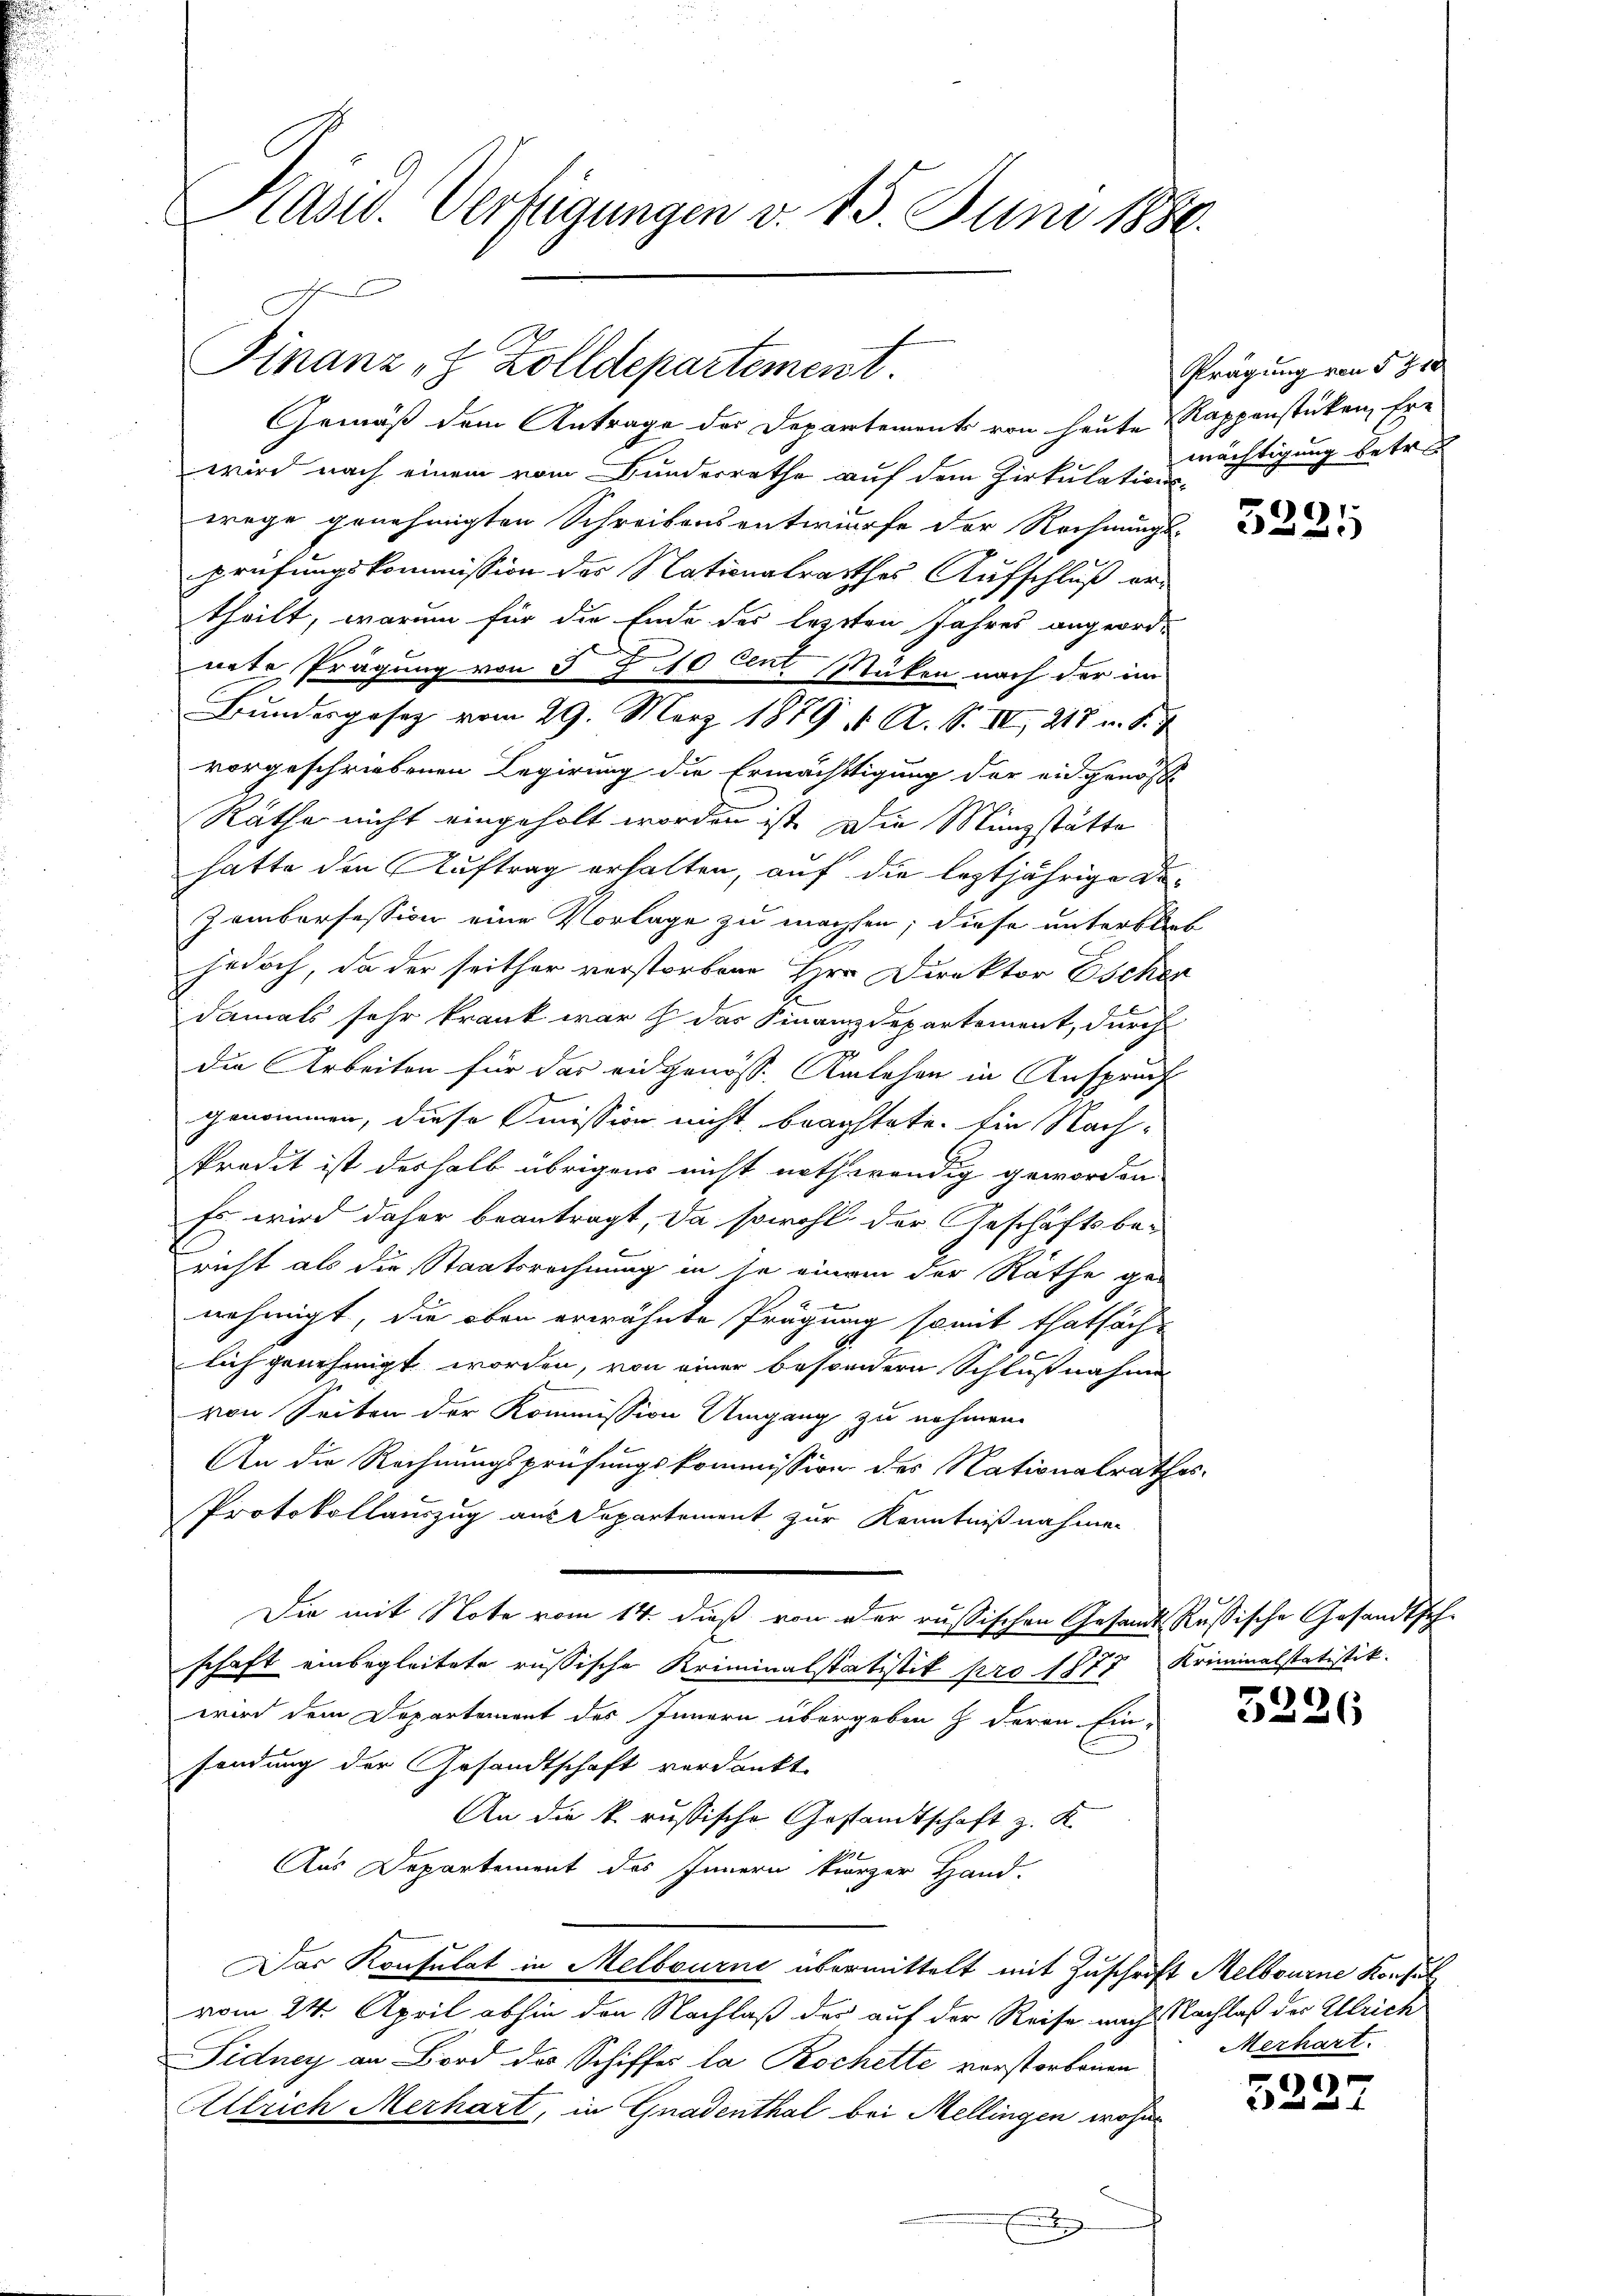
Kasw. Verfügungen v. 15. Juni 1880.

Finanz, Zolldepartement.

Prägung von § 210
mächtigung betr

Gemäß dem Antrage der Departement von heute Rappenstücken, Erwird nach einem vom Bunderrathe auf dem Zirkulationswege genehmigten Schreibensentwurfe der Rechnungs-
prüfungskommission des Nationalrathes Aufschluß ertheilt, warum für die Ende der lezten Jahres angeord-
nete Prägung von 5 Z 110 Cent. Stücken nach der im
Bundesgesetz vom 29. März 1879 u. A. S. IV 217 u. S. 1
vorgeschriebenen Regierung die Ermächtigung der eidgenosse
Räthe nicht eingeholt worden ist. Die Münzstätte
hatte den Auftrag erhalten, auf die leztjährige An¬
Zamborsession eine Vorlage zu machsen; diese unterblieb
jedoch, da der seither verstorbene Hrn Direktor Eschen
damals sehr krank war das Finanzdepartement, durch
die Arbeiten für das eidgenöss. Karlehen in Anspruch
genommen, diese Immission nicht brachtete. Ein Nach-
kredit ist deshalb übrigens nicht nothwendig geworden
Es wird daher beantragt, da sowohl der Geschäftsbe-
richt als die Staatsrechnung in je einem der Räthe ge-
nehmigt, die oben erwähnte Prägung somit thatsäch-
lich genehmigt worden, von einer besondern Schlußnahme
von Seiten der Kommission Umgang zu nehmen.
An die Rechnungsprüfungskommission des Nationalrathes
Protokollauszug aus Departement zur Kenntnißnahmen
Die mit Note vom 14. dieß von der russischen Gesandt-Rußische Gesandtschschaft einbegleitete russische Kriminalstatistik pro 1877 Kriminalstatistik.
wird dem Departement des Innern übergeben h. deren Ein-
sendung der Gesandtschaft verdankt.
An die k. russische Gestandtschaft z. K.
Aus Departement des Innern kurzer Hand.
Das Konsulat in Melbourne übermittelt mit Zuschrift Melbourne Konsul
vom 24. April abhin den Nachlaß der auf der Reise nach Nachlaß der Ulrich
Sidney an Bord der Schiffes la Rochette verstorbenen
Allrich Merhart, in Gnadenthal bei Mellingen wohne
x

)
ed und

3226

Merhart.

c
 und d